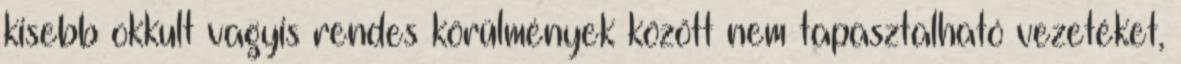
kisebb okkult vagyis rendes körülmények között nem tapasztalható vezetéket,